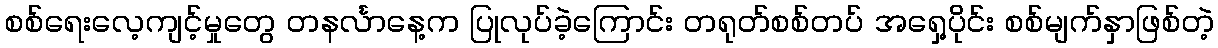
စစ်ရေးလေ့ကျင့်မှုတွေ တနင်္လာနေ့က ပြုလုပ်ခဲ့ကြောင်း တရုတ်စစ်တပ် အရှေ့ပိုင်း စစ်မျက်နှာဖြစ်တဲ့